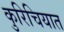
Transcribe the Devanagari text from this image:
कुरिचियात